Plague in India, 1896, 1897 - Volume 1
Year: 1896
Disease focus: Plague
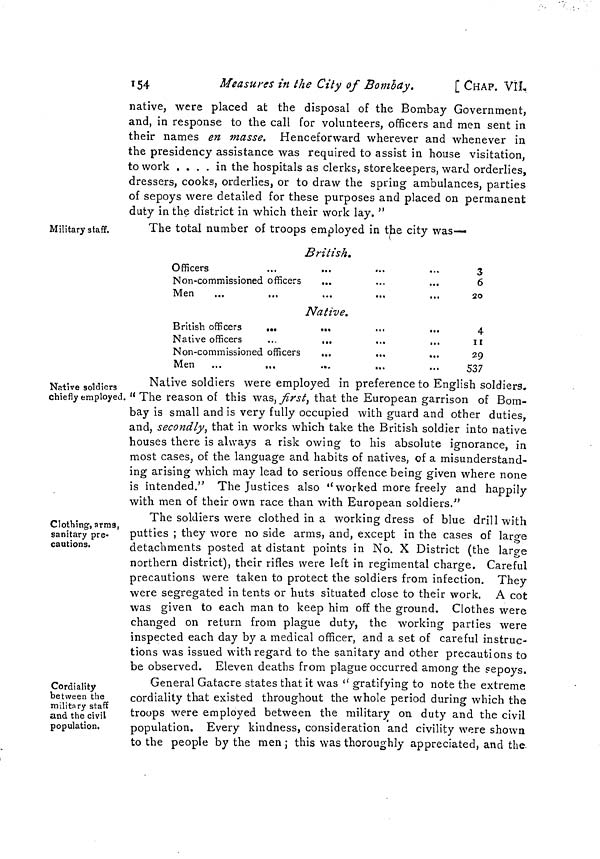
154
Measures in the City of Bombay.
[ CHAP. VIL
native, were placed at the disposal of the Bombay Government,
and, in response to the call for volunteers, officers and men sent in
their names en masse. Henceforward wherever and whenever in
the presidency assistance was required to assist in house visitation,
to work .... in the hospitals as clerks, storekeepers, ward orderlies,
dressers, cooks, orderlies, or to draw the spring ambulances, parties
of sepoys were detailed for these purposes and placed on permanent
duty in the district in which their work lay. "
Military staff.
The total number of troops employed in the city was—
British.
Officers
Non-commissioned officers
...
Men
...
...
Native.
British officers
...
...
Native officers
...
...
Non-commissioned officers
...
,,.
Men
...
...
...
...
3
6
20
4
II
29
537
Native soldiers
chiefly employed.
Native soldiers were employed in preference to English soldiers.
" The reason of this was, first, that the European garrison of Bom-
bay is small and is very fully occupied with guard and other duties,
and, secondly, that in works which take the British soldier into native
houses there is always a risk owing to his absolute ignorance, in
most cases, of the language and habits of natives, of a misunderstand-
ing arising which may lead to serious offence being given where none
is intended." The Justices also "worked more freely and happily
with men of their own race than with European soldiers."
Clothing, arms,
sanitary pre-
cautions.
The soldiers were clothed in a working dress of blue drill with
putties ; they wore no side arms, and, except in the cases of large
detachments posted at distant points in No. X District (the large
northern district), their rifles were left in regimental charge. Careful
precautions were taken to protect the soldiers from infection. They
were segregated in tents or huts situated close to their work, A cot
was given to each man to keep him off the ground. Clothes were
changed on return from plague duty, the working parties were
inspected each day by a medical officer, and a set of careful instruc-
tions was issued with regard to the sanitary and other precautions to
be observed. Eleven deaths from plague occurred among the sepoys.
Cordiality
between the
military staff
and the civil
population.
General Gatacre states that it was " gratifying to note the extreme
cordiality that existed throughout the whole period during which the
troops were employed between the military on duty and the civil
population. Every kindness, consideration and civility were shown
to the people by the men ; this was thoroughly appreciated, and the.